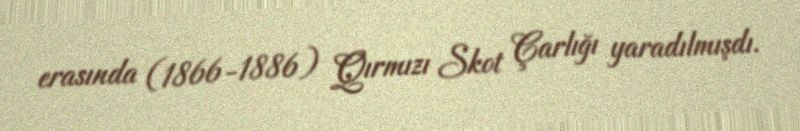
erasında (1866-1886) Qırmızı Skot Çarlığı yaradılmışdı.